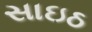
સાઇઠ